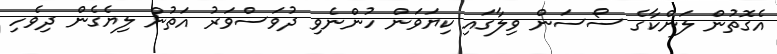
އެގޮތުން ލަންކާގެ ސޯސަން ވިލާގައި ކިޔަވަން ހުންނެވި ދުވަސްވަރު އަތުން ލިޔެގެން ދިވެހި